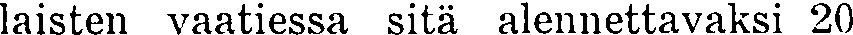
laisten vaatiessa sitä alennettavaksi 20